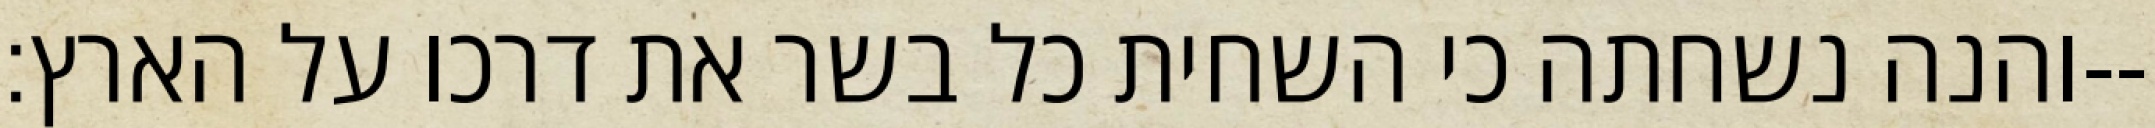
והנה נשחתה כי השחית כל בשר את דרכו על הארץ׃--